65_HS1-834228961_62-HQ-83894_Section_9
Agency: FBI
Page 88
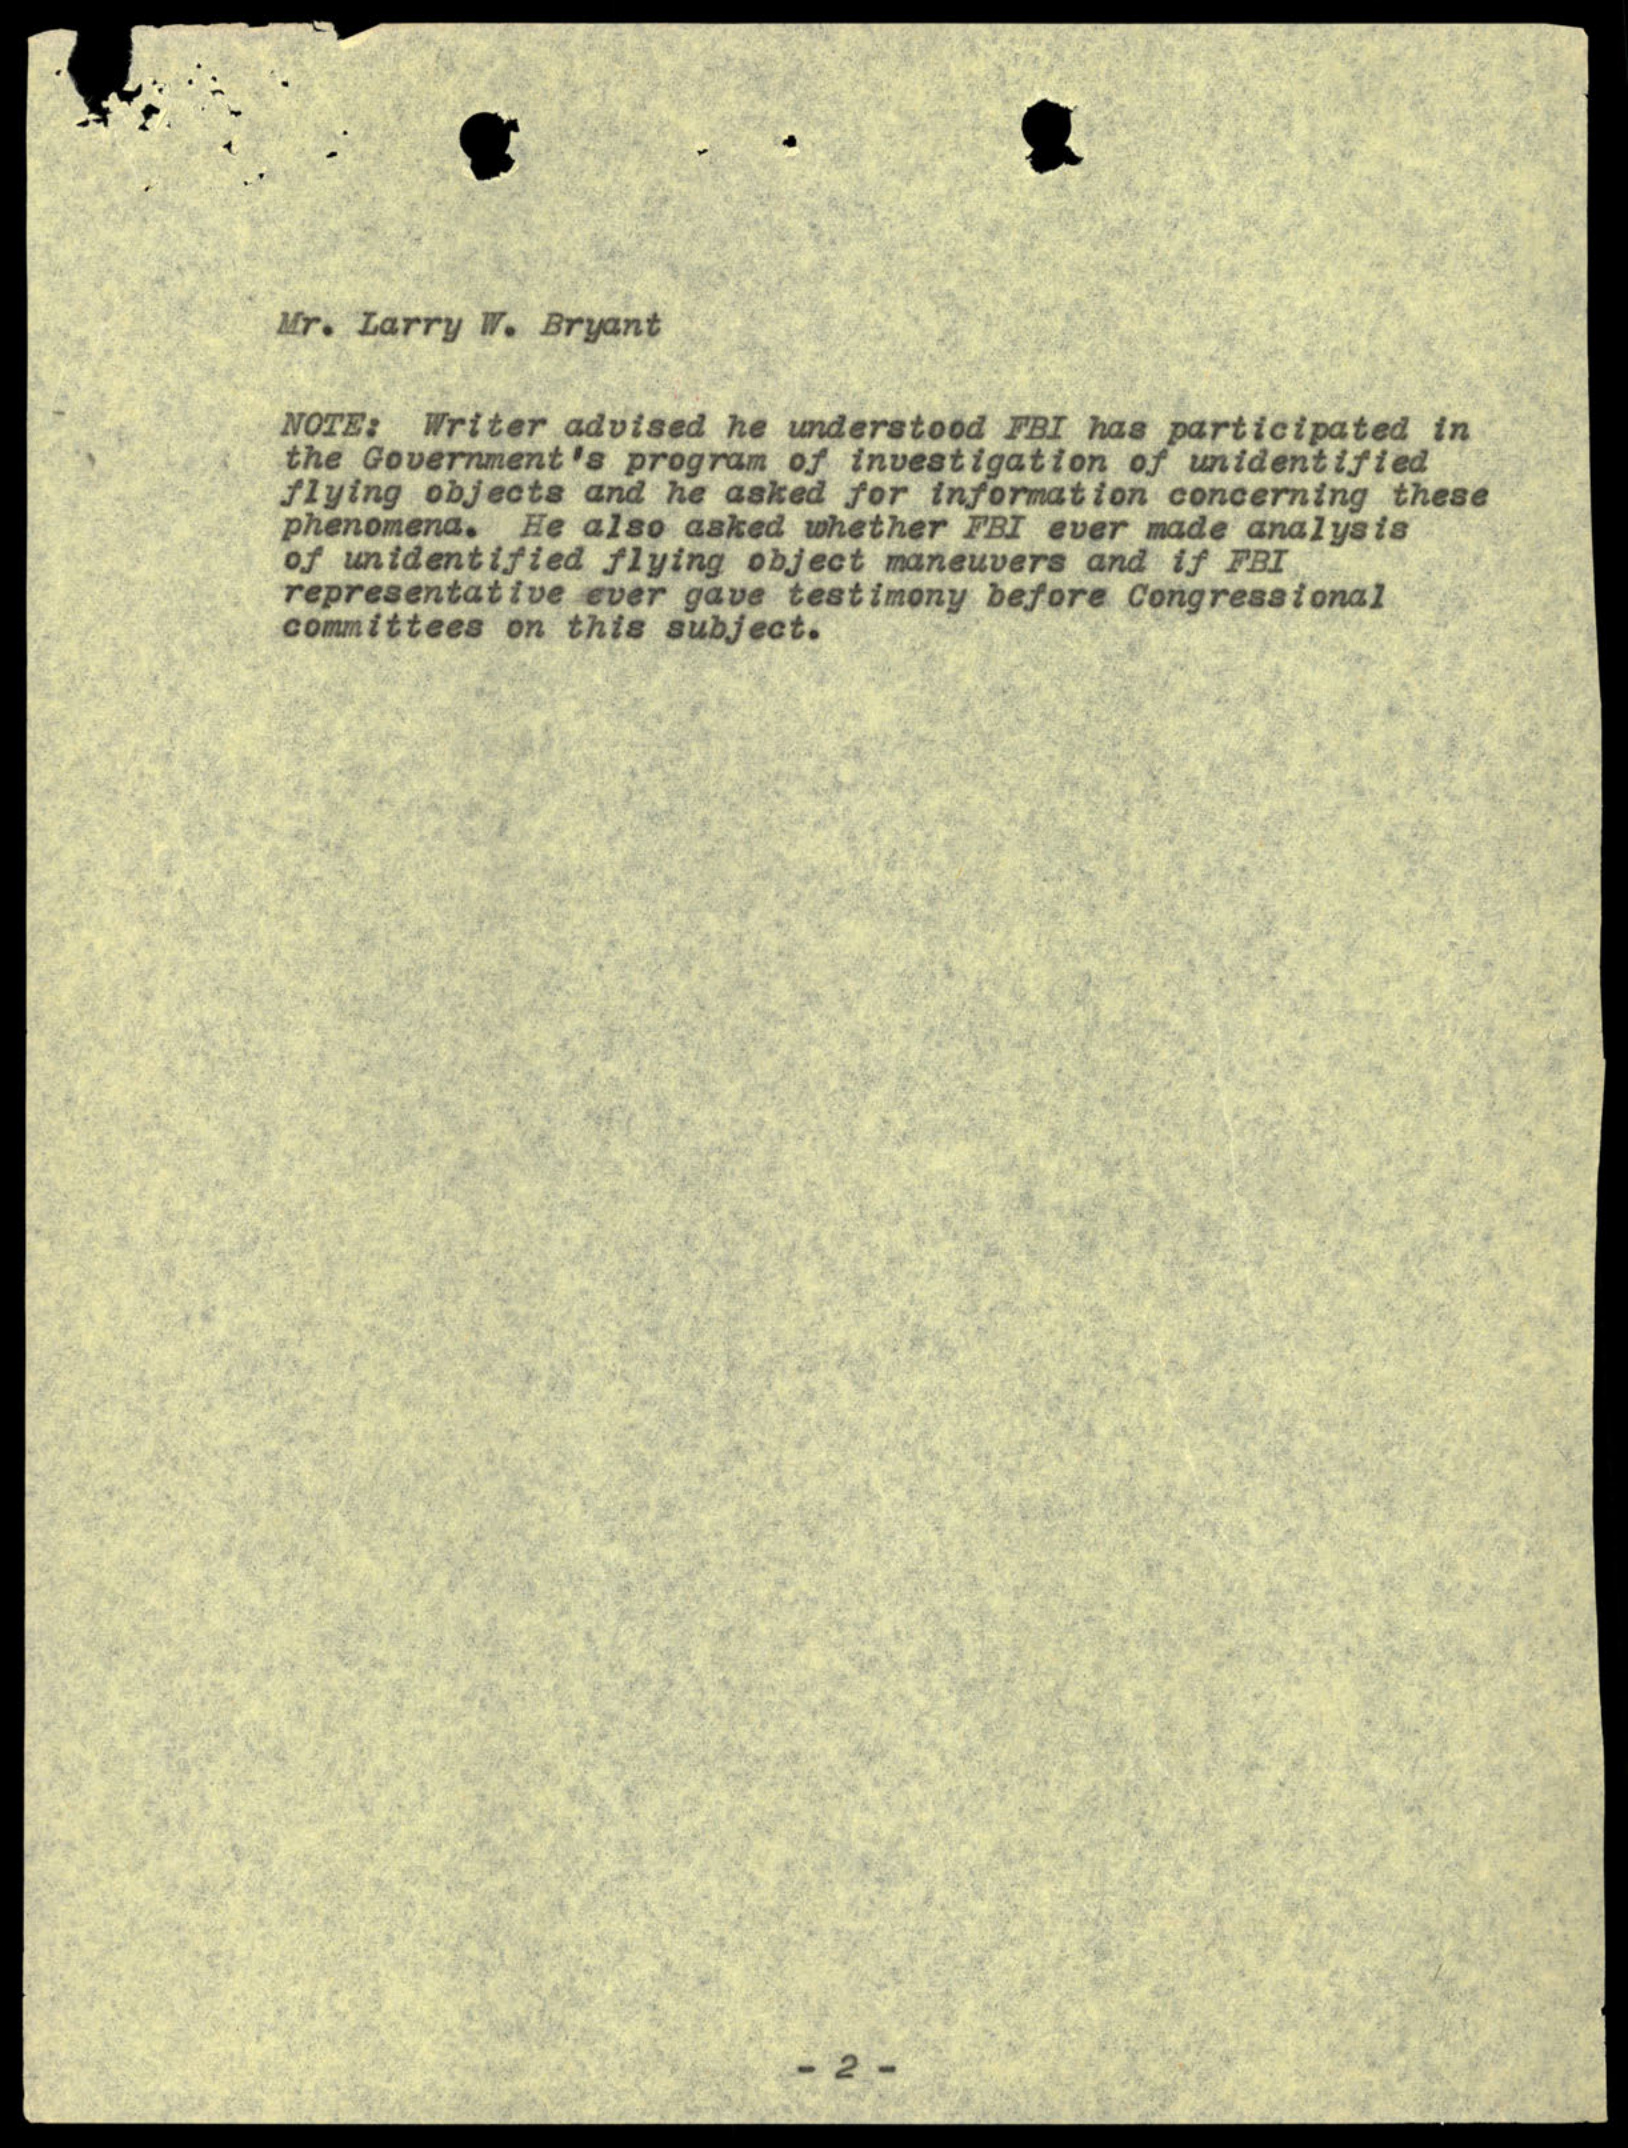